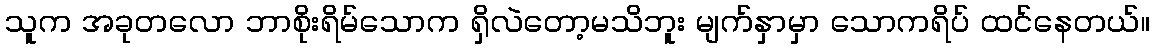
သူက အခုတလော ဘာစိုးရိမ်သောက ရှိလဲတော့မသိဘူး မျက်နှာမှာ သောကရိပ် ထင်နေတယ်။